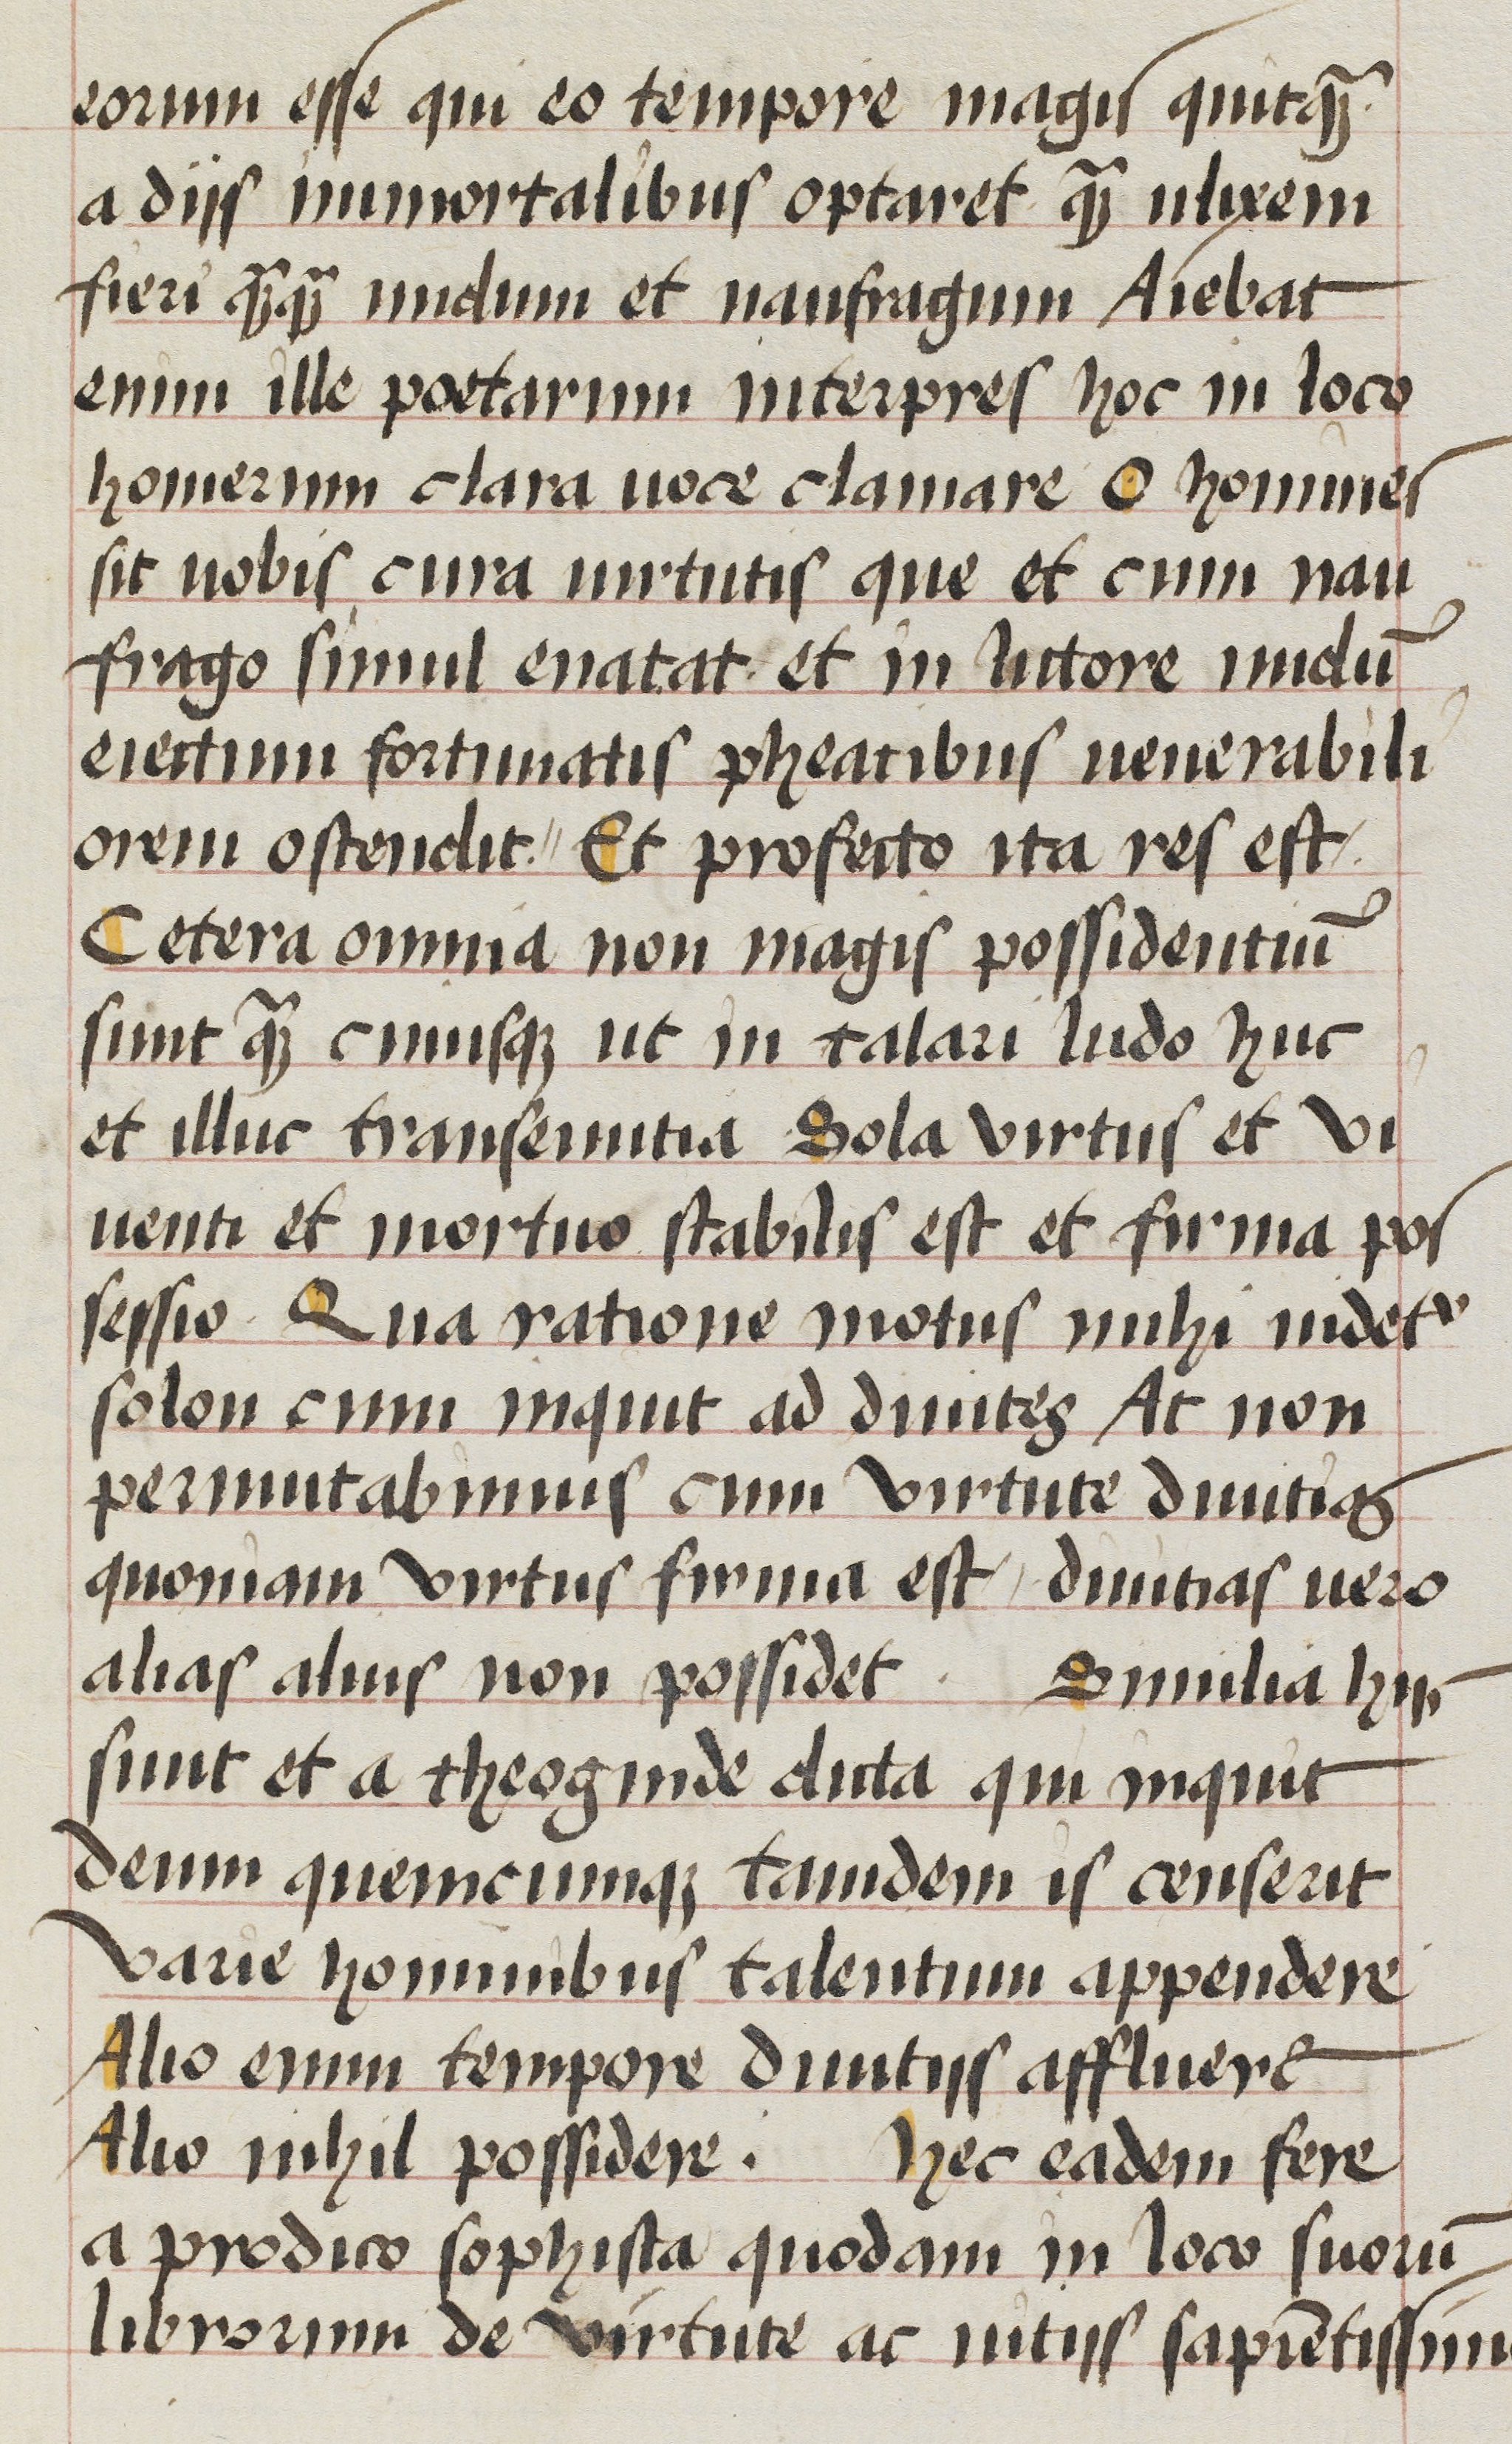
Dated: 1470–1488